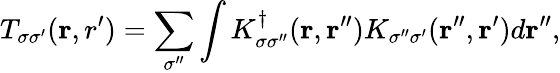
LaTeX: {\displaystyle T_{\sigma\sigma^{\prime}}({\mathbf r,r^{\prime}})=\sum_{\sigma^{\prime\prime}}\int K_{\sigma\sigma^{\prime\prime}}^{\dagger}({\mathbf r},{\mathbf r^{\prime\prime}})K_{\sigma^{\prime\prime}\sigma^{\prime}}({\mathbf r^{\prime\prime}},{\mathbf r^{\prime}})d{\mathbf r^{\prime\prime}}},